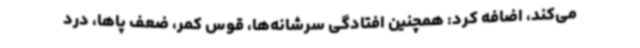
می‌کند، اضافه کرد: همچنین افتادگی سرشانه‌ها، قوس کمر، ضعف پاها، درد